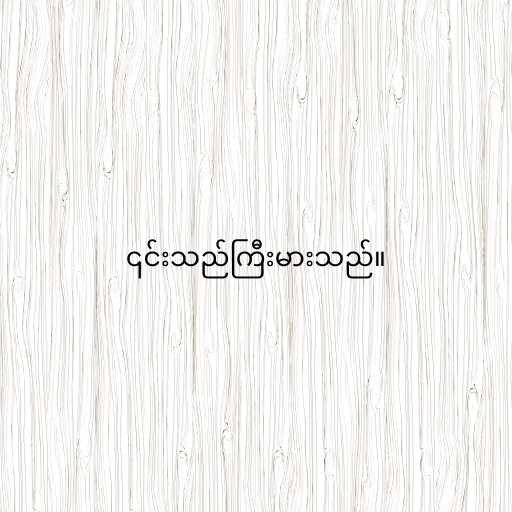
၎င်းသည်ကြီးမားသည်။